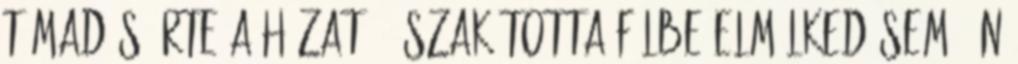
támadás érte a házat. - szakította félbe elmélkedésem. Én